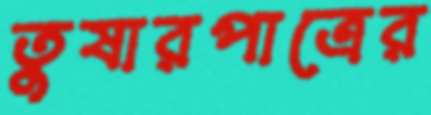
তুষারপাত্রের